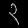
Digit: ၃